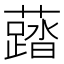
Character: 𧃌